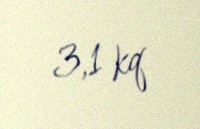
3,1 kq